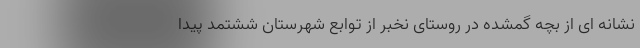
نشانه ای از بچه گمشده در روستای نخبر از توابع شهرستان ششتمد پیدا